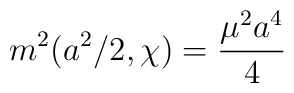
m^2(a^2/2, \chi) = \frac{\mu^2a^4}{4}